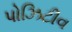
પોઝિટીવ